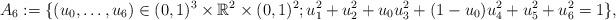
LaTeX: \begin{align*} A_6 := \{ (u_0, \ldots, u_6) \in (0, 1)^3 \times \mathbb{R}^2 \times (0, 1)^2; u_1^2 + u_2^2 + u_0 u_3^2+(1-u_0) u_4^2 + u_5^2 + u_6^2= 1\},\end{align*}